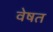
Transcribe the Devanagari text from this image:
वेषत